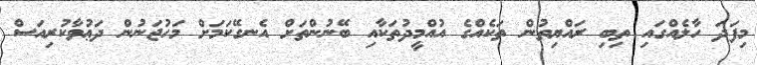
މިފަދަ ހާލެއްގައި ތިބި ރައްޔިތުން ތަކެއްގެ އުއްމީދުތަކާއި ބޭނުންތަށް އެނގޭކަމަށް މަހުޖަނުން ދަޢުވާކުރިއަސް